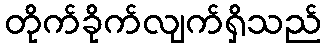
တိုက်ခိုက်လျက်ရှိသည်